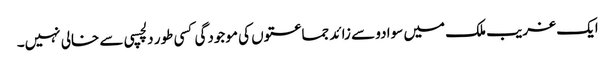
ایک غریب ملک میں سوا دو سے زائد جماعتوں کی موجودگی کسی طور دلچسپی سے خالی نہیں۔